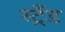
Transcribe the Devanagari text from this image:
स्ट्रँड